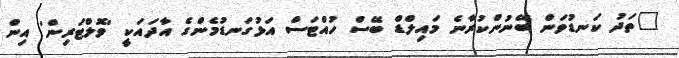
"ތަދު ކަނޑުވަން ބޭނުންކުރާނެ މައިލްޑް ބޭސް ހުއްޓަސް އަޅުގަނޑުމެންގެ އާދައަކީ 'ވޮލްޓަރިން' އިން